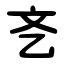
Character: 㐎